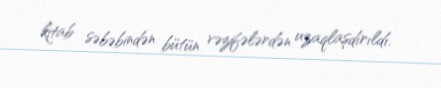
kitab səbəbindən bütün vəzifələrdən uzaqlaşdırıldı.